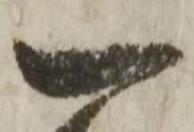
一